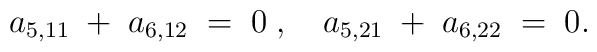
a_{5,11} \;+\;a_{6,12}\;=\;0\;,\quad a_{5,21}\;+\;a_{6,22}\;=\;0 .